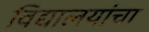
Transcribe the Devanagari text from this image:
विद्यालयांचा